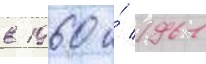
в 1960 и́ 1961